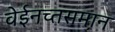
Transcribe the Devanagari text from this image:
वेईनच्तसमान